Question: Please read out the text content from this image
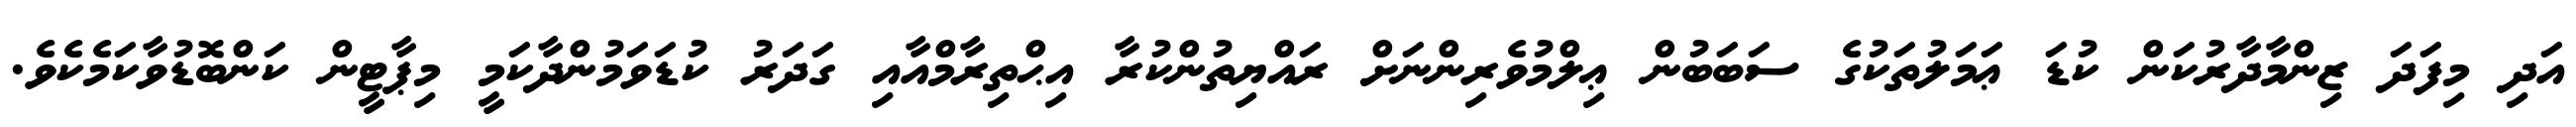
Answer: އަދި މިފަދަ ޒިންމާދާރުކަން ކުޑަ ޢަމަލުތަކުގެ ސަބަބުން ޢިލްމުވެރިންނަށް ރައްޔިތުންކުރާ އިޙްތިރާމްއާއި ގަދަރު ކުޑަވަމުންދާކަމީ މިޕާޓީން ކަންބޮޑުވާކަމެކެވެ.